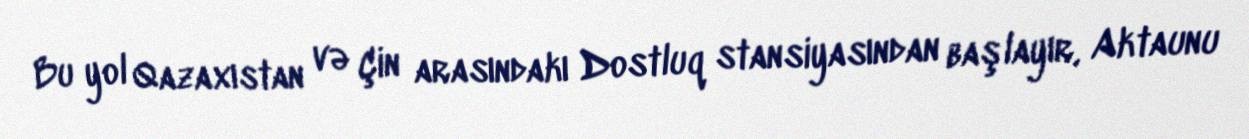
Bu yol Qazaxıstan və Çin arasındakı Dostluq stansiyasından başlayır, Aktaunu